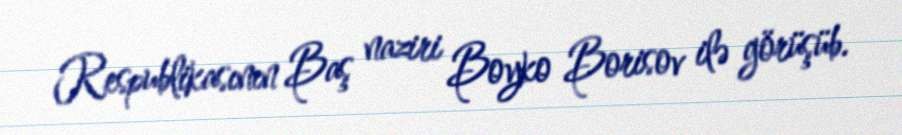
Respublikasının Baş naziri Boyko Borisov ilə görüşüb.